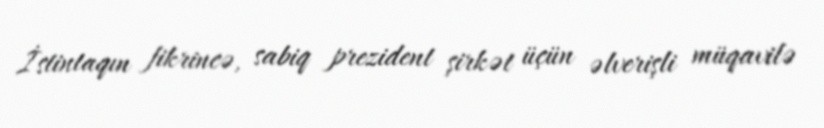
İstintaqın fikrincə, sabiq prezident şirkət üçün əlverişli müqavilə